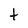
Character: t